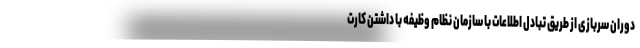
دوران سربازی از طریق تبادل اطلاعات با سازمان نظام وظیفه با داشتن کارت